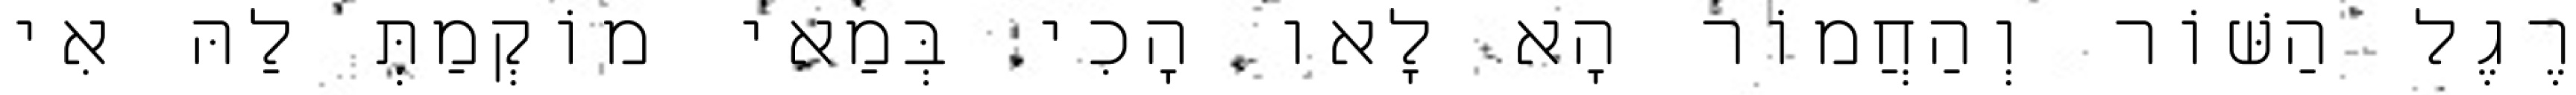
רֶגֶל הַשּׁוֹר וְהַחֲמוֹר הָא לָאו הָכִי בְּמַאי מוֹקְמַתְּ לַהּ אִי